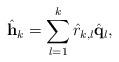
LaTeX: \begin{align*}\hat{\mathbf{h}}_k = \sum_{l=1}^{k} \hat{r}_{k,l}\hat{\mathbf{q}}_l,\end{align*}